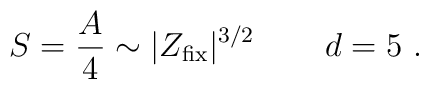
S={A\over 4}  \sim   |Z_{\rm fix}|^{3/2}    \, \qquad d=5 \ .